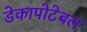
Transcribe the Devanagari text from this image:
डेकापोटेबल